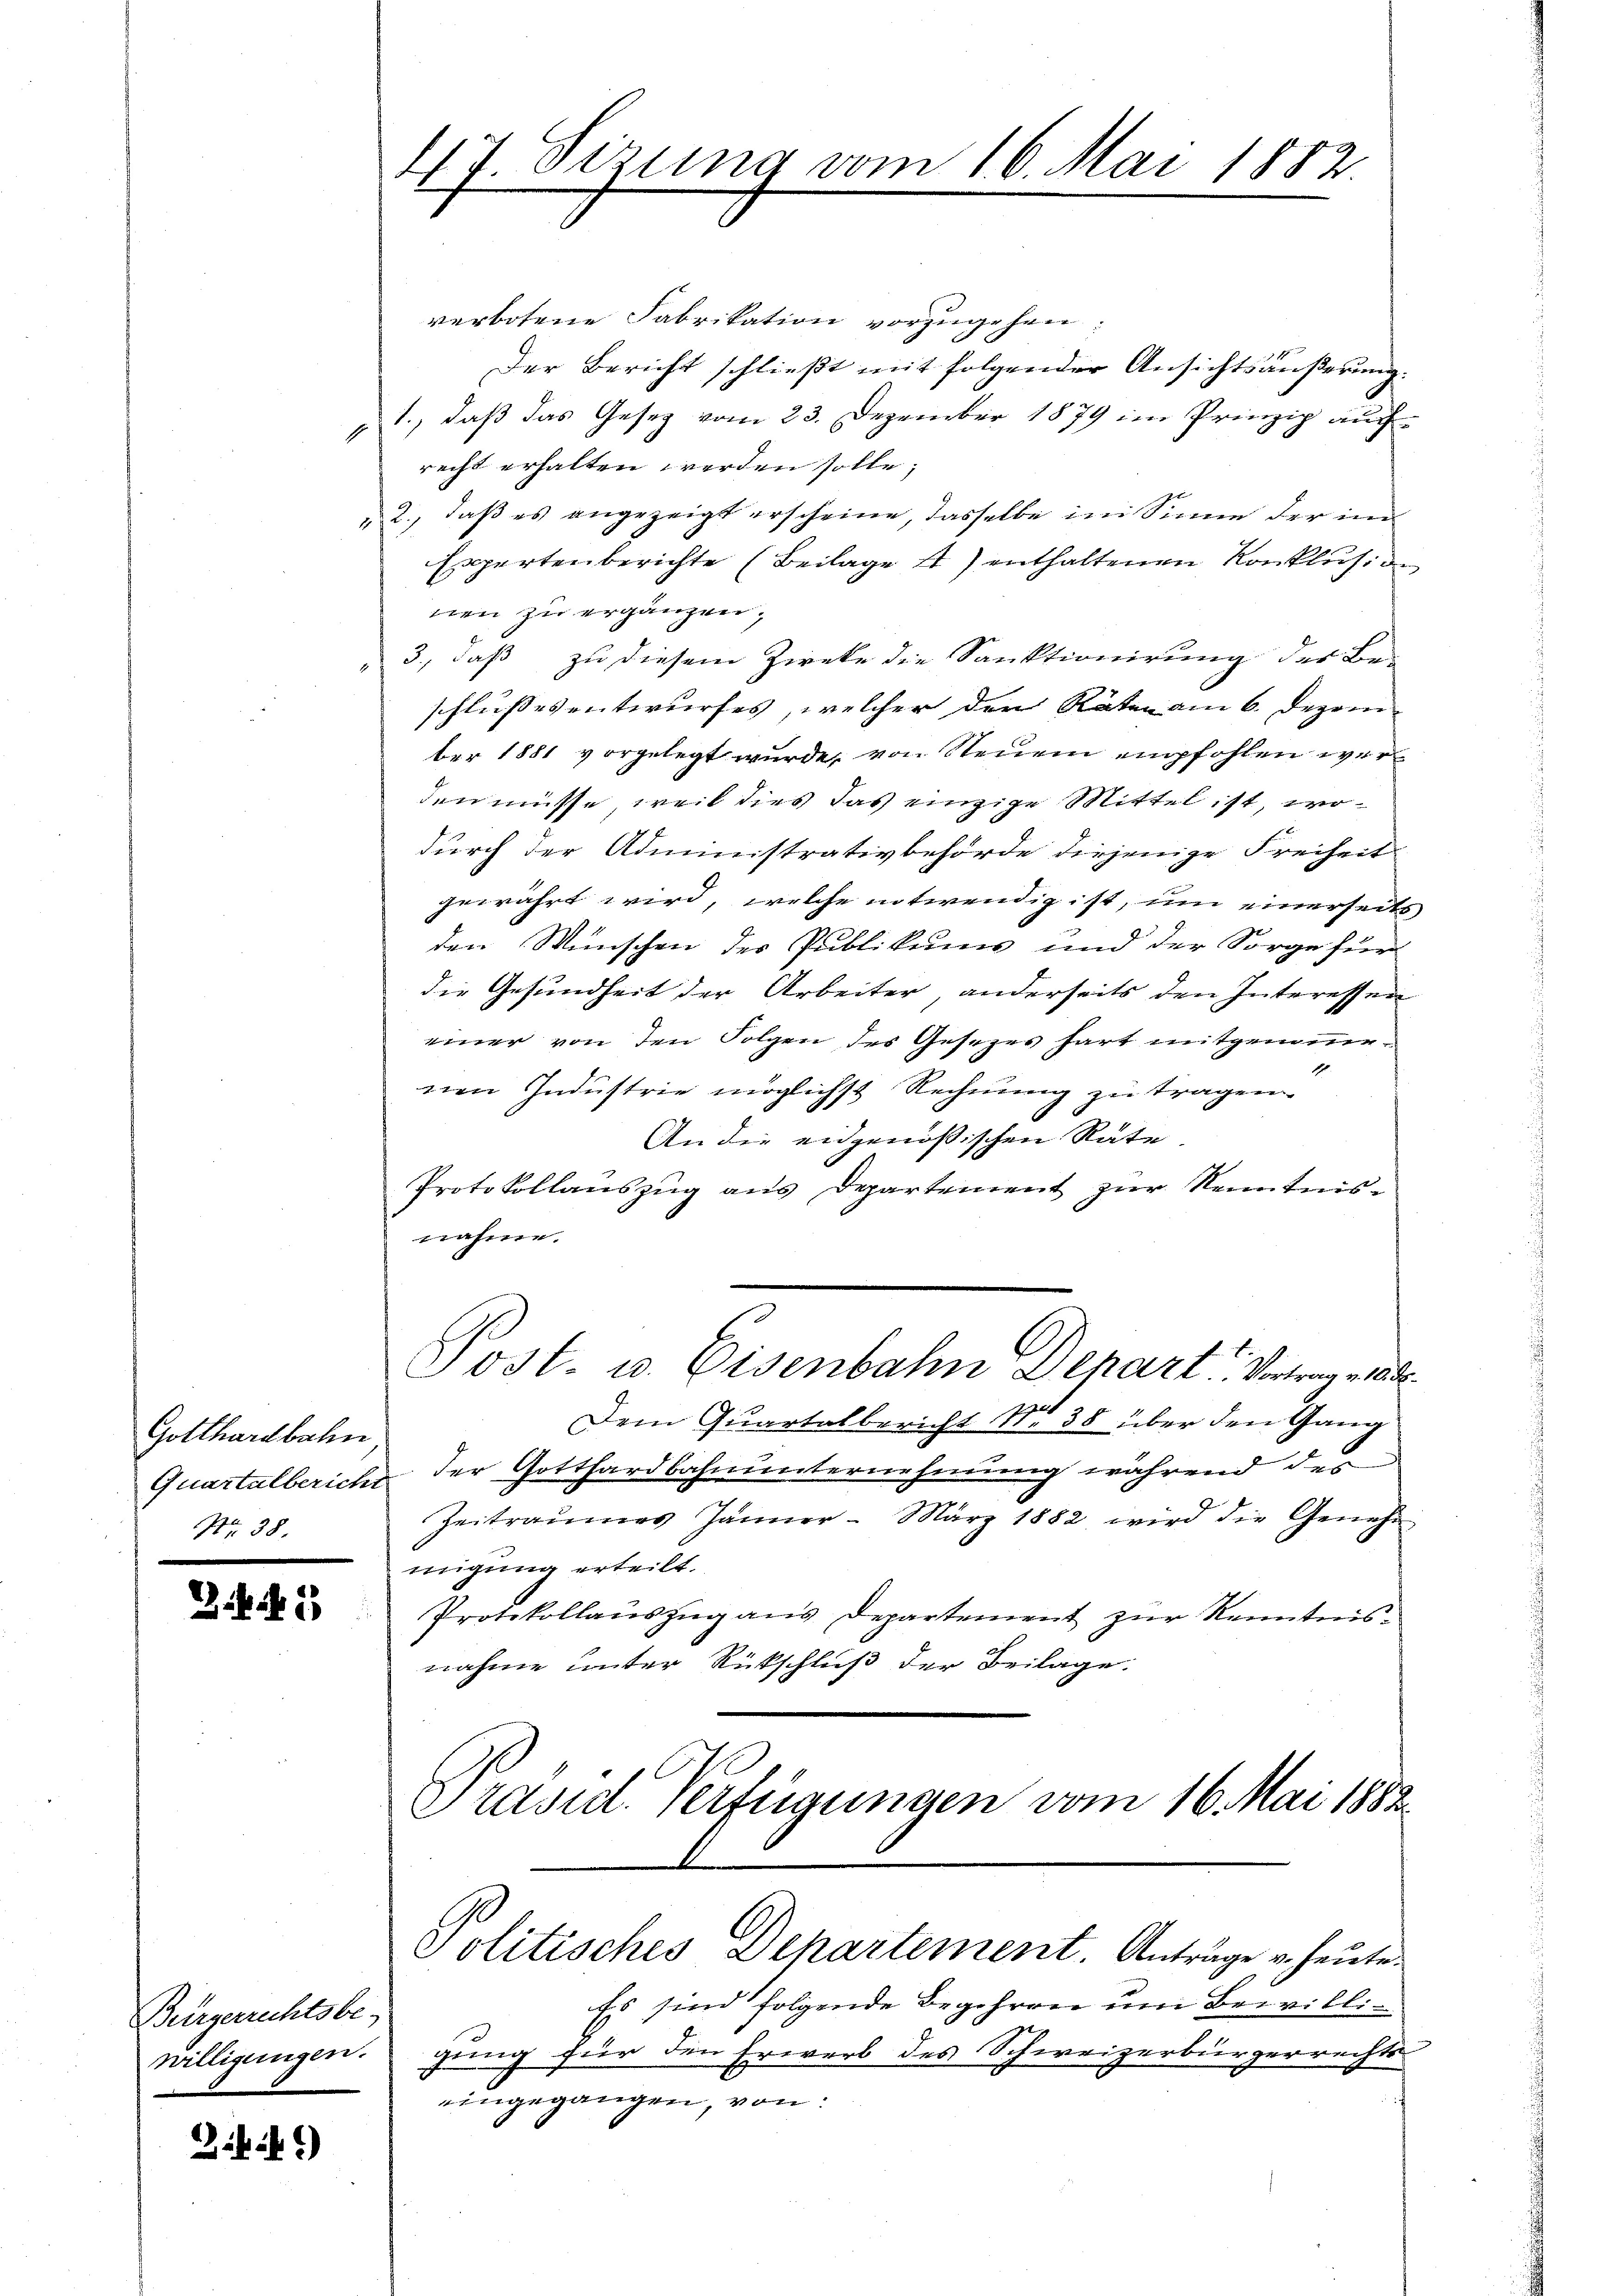
Gotthardbahn
Quartalbericht
Nr. 38.

Bürgerrechtsbe-
willigungen.

Bibi.)

47. Sizung vom 16. Mai 1882.

verbotene Fabrikation vorzugehen
Der Bericht schließt mit folgender Ansichtsäußerung.
„1., daß das Gesetz vom 23. Dezember 1879 im Prinzip auch
recht erhalten werden solle;
2., daβ es angezeigt erscheine, dasselbe im Sinne der im
Expertenberichte (Beilage 1) enthaltenen Konklusion
nen zu ergänzen,
3., daß zu diesem Zieke die Sanktionirung der Be-
schlussesentwurfes, welcher den Räten am 6. Dezember 1881 vorgelegt wurde, von Neuem empfohlen wer
den müsse, weil dies das einzige Mittel ist, wodurch der Administrativbehörde diejenige Freiheit
gewährt wird, welche notwendig ist, um einerseits
den Wünschen der Publikum und der Sorge für
die Gesundheit der Arbeiter, anderseits den Interessen
einer von den Folgen des Gesezes hart mitgenom¬
1
nen Industrie möglichst Rechnung zu tragen.
An die eidgenößischen Räte
Protokollauszug aus Departement zur Kenntnis-
nahme.
Post- u. Eisenbahn Depart. Vertrag a
Dem Quartalbericht No 38 über den Gang
der Gotthardbahnunternehmung während des
Zeitraumes Jänner März 1882 wird die Genehmigung erteilt.
 u Protokollaŭszŭg ans Departement zŭr Kenntnis-
nahme unter Rückschluß der Beilage.
Präsid. Verfügungen vom 16. Mai 1882

Politisches Departement. Anträge u. heute.

Es sind folgende Begehren um Bewilligung für den Erwerb des Schweizerbürgerrechts
eingegangen, von: